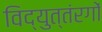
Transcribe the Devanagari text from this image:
विद्युत्तंरगों